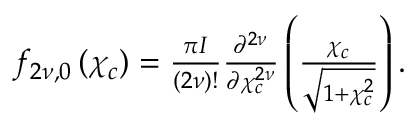
\begin{array} { r } { f _ { 2 { \nu } , 0 } \left( \chi _ { c } \right) = \frac { { \pi } I } { \left( 2 { \nu } \right) ! } \frac { \partial ^ { 2 { \nu } } } { \partial \chi _ { c } ^ { 2 { \nu } } } \left( \frac { \chi _ { c } } { \sqrt { 1 + \chi _ { c } ^ { 2 } } } \right) . } \end{array}